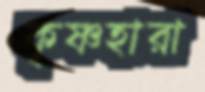
কৃষ্ণহারা